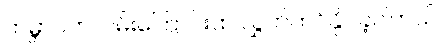
ကမ္ဘာပတ်လမ်းကြောင်းထဲ လွှတ်တင်နိုင်ခဲ့ပါတယ်။